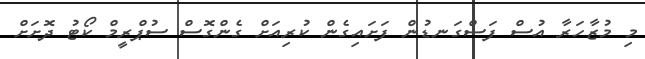
މި މުޒާހަރާ އުސް ފަސްގަނޑުން ފަށައިގެން ކުރިއަށް ގެންގޮސް ސުޕްރީމް ކޯޓު ދޮށަށް